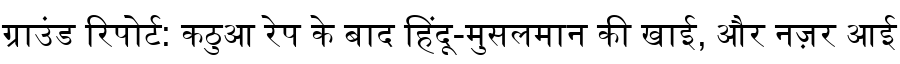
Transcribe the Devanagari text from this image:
ग्राउंड रिपोर्ट: कठुआ रेप के बाद हिंदू-मुसलमान की खाई, और नज़र आई